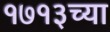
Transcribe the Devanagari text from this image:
१७१३च्या